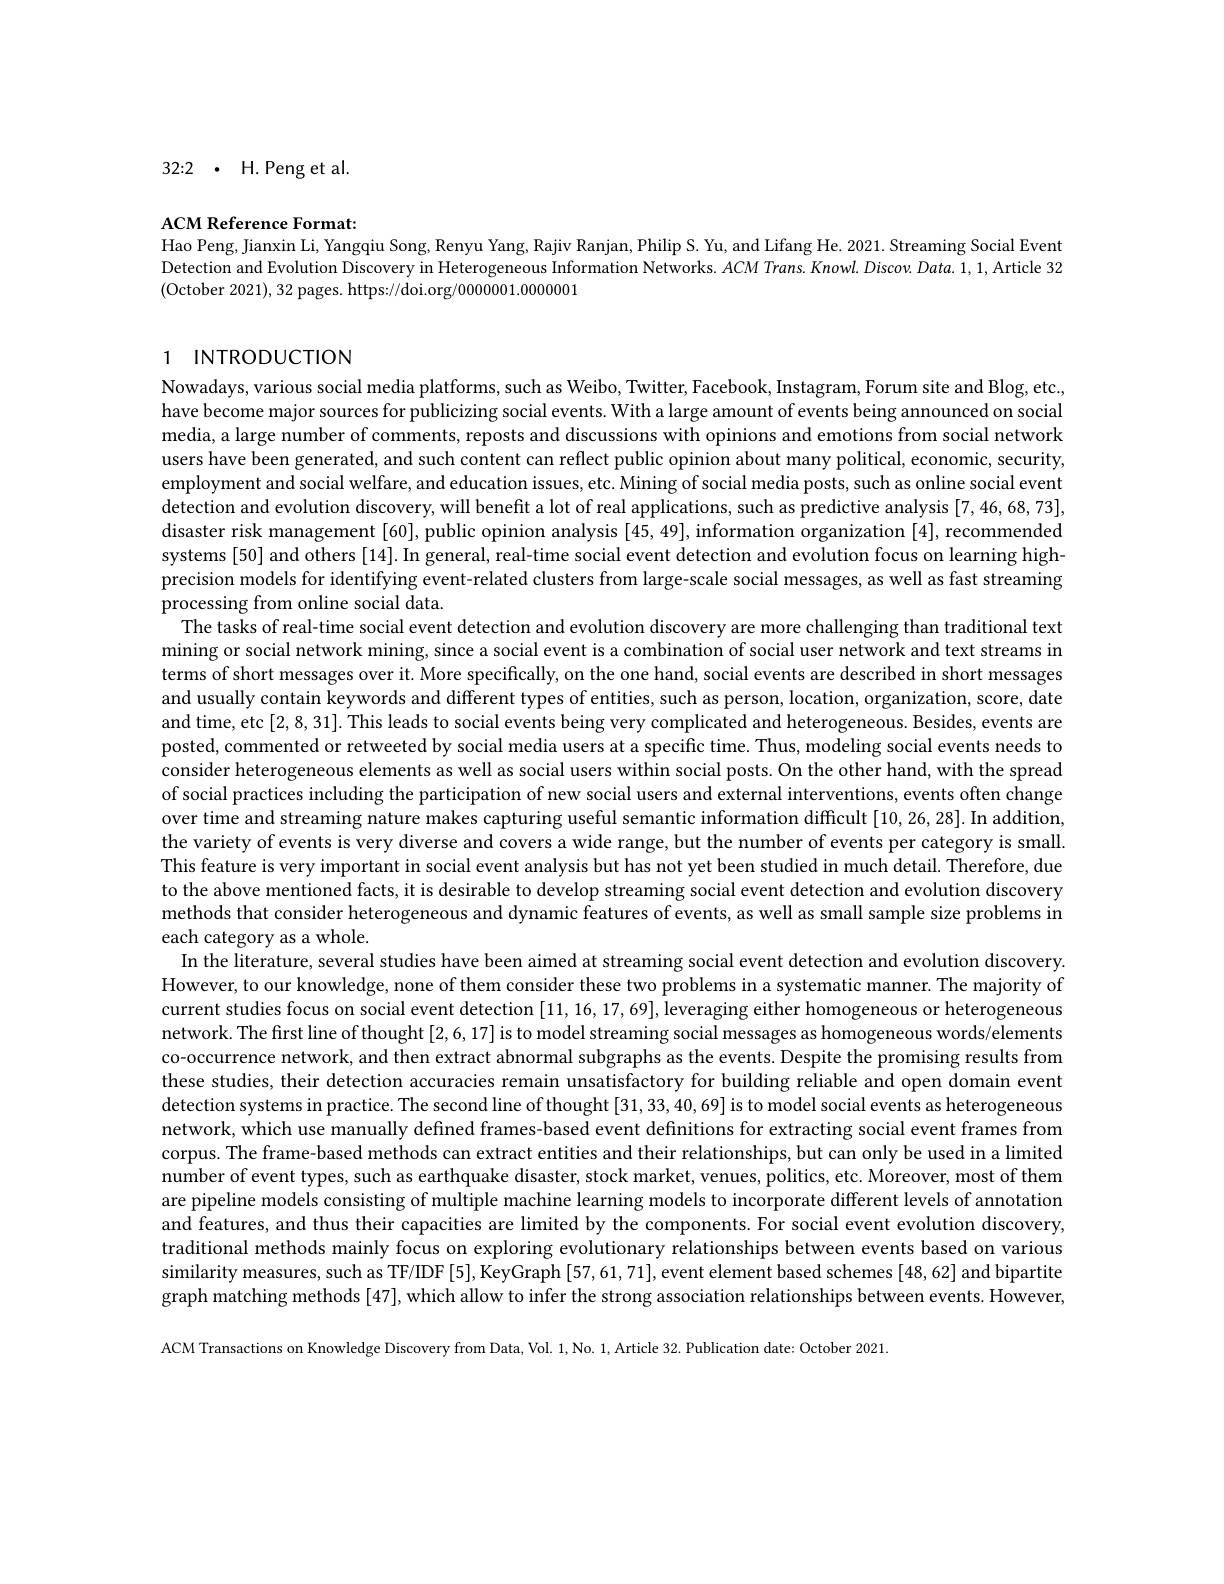
32:2 $\cdot$ H.Peng et al.

## ACM Reference Format:

Hao Peng, Jianxin Li, Yangqiu Song, Renyu Yang, Rajiv Ranjan, Philip S. Yu, and Lifang He. 2021. Streaming Social Event Detection and Evolution Discovery in Heterogeneous Information Networks. ACM Trans. Knowl. Discov. Data. 1, 1, Article 32 $$($October 2021), 32 pages. https://doi.org/0000001.0000001$

# 1 INTRODUCTION

Nowadays, various social media platforms, such as Weibo, Twitter, Facebook, Instagram, Forum site and Blog, etc, have become major sources for publicizing social events. With a large amount of events being announced on social media, a large number of comments, reposts and discussions with opinions and emotions from social network users have been generated, and such content can reflect public opinion about many political, economic, security, employment and social welfare, and education issues, etc. Mining of social media posts, such as online social event detection and evolution discovery, will benefit a lot of real applications, such as predictive analysis [7,46,68,73], disaster risk management [60], public opinion analysis [45, 49], information organization [4], recommended systems[50] and others[14]. In general, real-time social event detection and evolution focus on learning highprecision models for identifying event-related clusters from large-scale social messages, as well as fast streaming processing from online social data.
The tasks of real-time social event detection and evolution discovery are more challenging than traditional text mining or social network mining, since a social event is a combination of social user network and text streams in terms of short messages over it. More specifically, on the one hand, social events are described in short messages and usually contain keywords and different types of entities, such as person, location, organization, score, date and time, etc [2,8,31]. This leads to social events being very complicated and heterogeneous. Besides, events are posted, commented or retweeted by social media users at a specific time. Thus, modeling social events needs to consider heterogeneous elements as well as social users within social posts. On the other hand, with the spread of social practices including the participation of new social users and external interventions, events often change over time and streaming nature makes capturing useful semantic information difficult [10,26,28]. In addition, the variety of events is very diverse and covers a wide range, but the number of events per category is small. This feature is very important in social event analysis but has not yet been studied in much detail. Therefore, due to the above mentioned facts, it is desirable to develop streaming social event detection and evolution discovery methods that consider heterogeneous and dynamic features of events, as well as small sample size problems in each category as a whole.
In the literature, several studies have been aimed at streaming social event detection and evolution discovery. However, to our knowledge, none of them consider these two problems in a systematic manner. The majority of current studies focus on social event detection [11,16,17,69], leveraging either homogeneous or heterogeneous network. The first line of thought [2,6,17] is to model streaming social messages as homogeneous words/elements co-occurrence network, and then extract abnormal subgraphs as the events. Despite the promising results from these studies, their detection accuracies remain unsatisfactory for building reliable and open domain event detection systems in practice. The second line of thought [31,33,40,69] is to model social events as heterogeneous network, which use manually defined frames-based event definitions for extracting social event frames from corpus. The frame-based methods can extract entities and their relationships, but can only be used in a limited number of event types, such as earthquake disaster, stock market, venues, politics, etc. Moreover, most of them are pipeline models consisting of multiple machine learning models to incorporate different levels of annotation and features, and thus their capacities are limited by the components. For social event evolution discovery, traditional methods mainly focus on exploring evolutionary relationships between events based on various similarity measures, such as TF/IDF[5], KeyGraph[57,61,71], event element based schemes [48, 62] and bipartite graph matching methods [47], which allow to infer the strong association relationships between events. However, ACM Transactions on Knowledge Discovery from Data, Vol. 1,No. 1, Article 32. Publication date: October 2021.